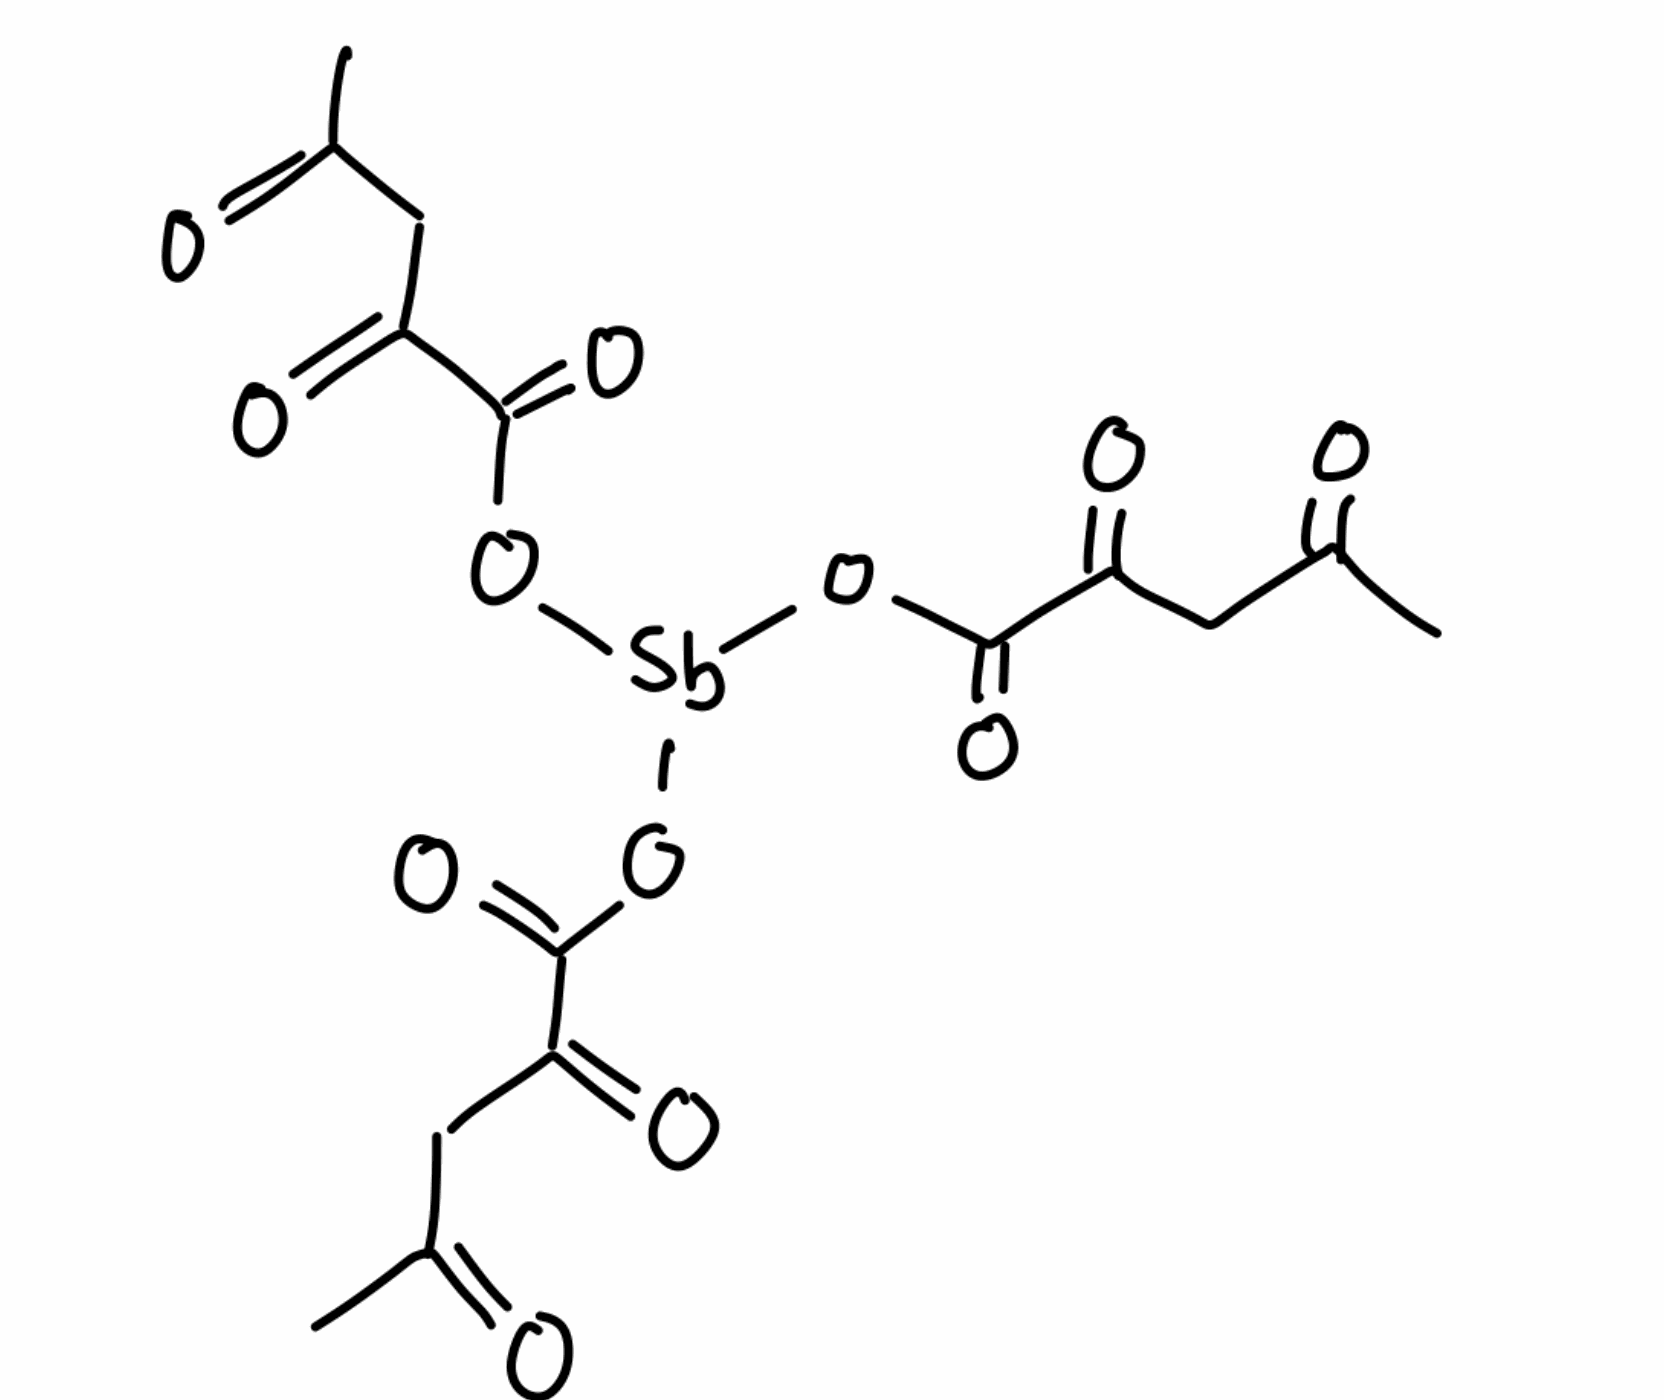
Simplified molecular-input line-entry system (SMILES) notation of the given molecule:
CC(=O)CC(=O)C(=O)O[Sb](OC(=O)C(=O)CC(=O)C)OC(=O)C(=O)CC(=O)C